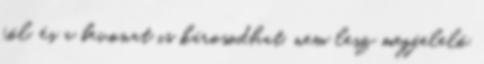
föl, és a bevonat is károsodhat, nem lesz megfelelő